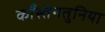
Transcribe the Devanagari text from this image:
काँस्तेनतुनिया